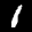
Label: 1